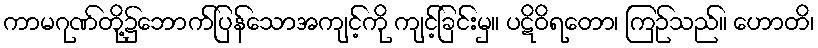
ကာမဂုဏ်တို့၌ဘောက်ပြန်သောအကျင့်ကို ကျင့်ခြင်းမှ။ ပဋိဝိရတော၊ ကြဉ်သည်။ ဟောတိ၊